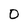
Character: 0